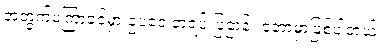
အတွက်မကြာခင်မှာ ဥပဒေ တရပ် ပြဌာန်း တော့မှာဖြစ်ပါတယ်။